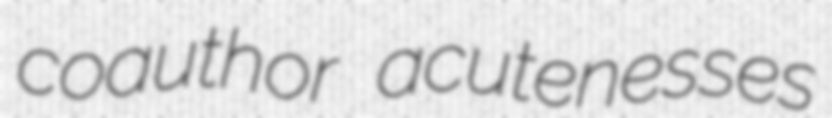
coauthor acutenesses